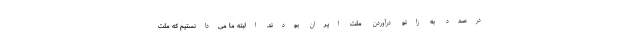
درصدد به زانو درآوردن ملت ایران بودند. البته ما می‌دانستیم که ملت